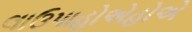
લાઉપાહોએહોએ